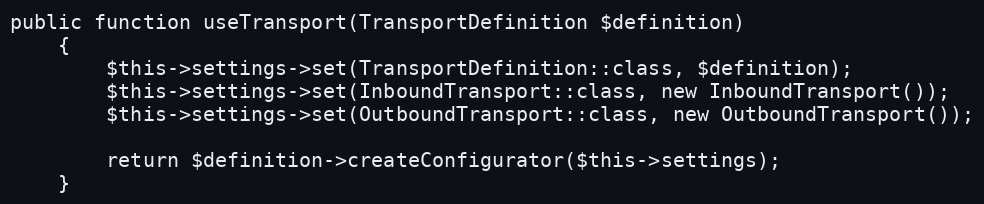
Language: PHP
public function useTransport(TransportDefinition $definition)
    {
        $this->settings->set(TransportDefinition::class, $definition);
        $this->settings->set(InboundTransport::class, new InboundTransport());
        $this->settings->set(OutboundTransport::class, new OutboundTransport());

        return $definition->createConfigurator($this->settings);
    }